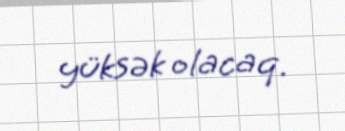
yüksək olacaq.